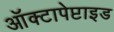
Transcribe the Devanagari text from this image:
ऑक्टापेप्टाइड